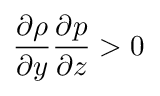
\frac { \partial \rho } { \partial y } \frac { \partial p } { \partial z } > 0